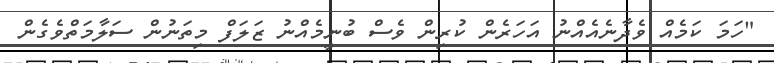
"ހަމަ ކަމެއް ވެދާނެއެއްނު އަހަރެން ކުރިން ވެސް ބުނީމެއްނު ޒަލަފް މިތަނުން ސަލާމަތްވެގެން